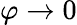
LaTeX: \varphi\to 0